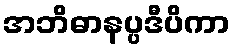
အဘိဓာနပ္ပဒီပိကာ